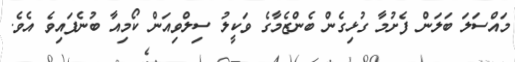
މައްސަލަ ބަލަން ފެށުމާ ގުޅިގެން ބެންޒެމާގެ ވަކީލު ސިލްވިއަން ކޯމިއާ ބުނެފައިވެ އެވެ.